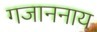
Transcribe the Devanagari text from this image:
गजाननाय